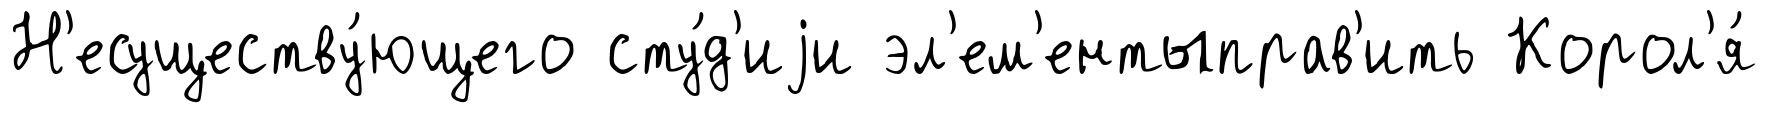
Н'есуществу́ющего сту́д'иjи эл'ем'ентыправ'ить Корол'я́